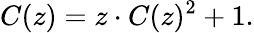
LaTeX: C(z)=z\cdot C(z)^{2}+1.